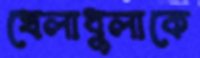
খেলাধুলাকে